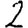
Digit: 2